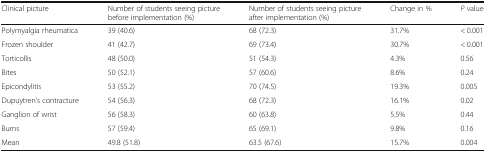
<table><thead><tr><td><b>Clinical picture</b></td><td><b>Number of students seeing picture before implementation (%)</b></td><td><b>Number of students seeing picture after implementation (%)</b></td><td><b>Change in %</b></td><td><b><i>P</i> value</b></td></tr></thead><tbody><tr><td>Polymyalgia rheumatica</td><td>39 (40.6)</td><td>68 (72.3)</td><td>31.7%</td><td>&lt; 0.001</td></tr><tr><td>Frozen shoulder</td><td>41 (42.7)</td><td>69 (73.4)</td><td>30.7%</td><td>&lt; 0.001</td></tr><tr><td>Torticollis</td><td>48 (50.0)</td><td>51 (54.3)</td><td>4.3%</td><td>0.56</td></tr><tr><td>Bites</td><td>50 (52.1)</td><td>57 (60.6)</td><td>8.6%</td><td>0.24</td></tr><tr><td>Epicondylitis</td><td>53 (55.2)</td><td>70 (74.5)</td><td>19.3%</td><td>0.005</td></tr><tr><td>Dupuytren’s contracture</td><td>54 (56.3)</td><td>68 (72.3)</td><td>16.1%</td><td>0.02</td></tr><tr><td>Ganglion of wrist</td><td>56 (58.3)</td><td>60 (63.8)</td><td>5.5%</td><td>0.44</td></tr><tr><td>Burns</td><td>57 (59.4)</td><td>65 (69.1)</td><td>9.8%</td><td>0.16</td></tr><tr><td>Mean</td><td>49.8 (51.8)</td><td>63.5 (67.6)</td><td>15.7%</td><td>0.004</td></tr></tbody></table>